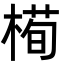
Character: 槆